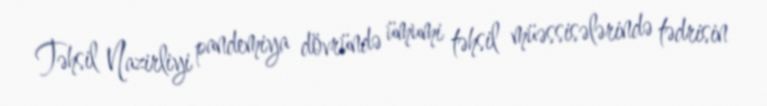
Təhsil Nazirliyi pandemiya dövründə ümumi təhsil müəssisələrində tədrisin